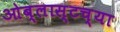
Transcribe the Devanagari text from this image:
ओब्लास्टच्या